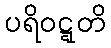
ပရိဝဋ္ဋတိ